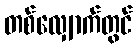
တစ်လျှောက်တွင်